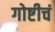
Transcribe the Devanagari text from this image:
गोष्टीचं